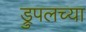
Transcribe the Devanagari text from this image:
ड्रुपलच्या